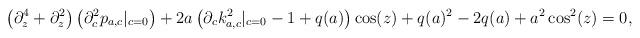
LaTeX: \begin{align*}\left( \partial_z^4+\partial_z^2\right)\left(\partial_c^2p_{a,c}|_{c=0}\right)+2a\left( \partial_ck_{a,c}^2|_{c=0} -1+q(a)\right)\cos(z)+q(a)^2-2q(a)+a^2\cos^2(z)=0,\end{align*}